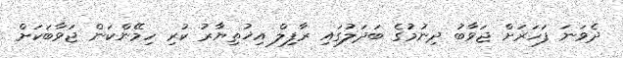
ދެވަނަ ފަހަރަށް ޖަވާބު ދިނުމުގެ ބަދަލުގައި ރާފިލް އިޚުތިޔާރު ކުރި ހިމޭންކަން ޖަވާބަކަށް